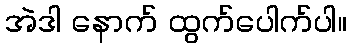
အဲဒါ နောက် ထွက်ပေါက်ပါ။